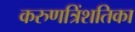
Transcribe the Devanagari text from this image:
करुणत्रिंशतिका